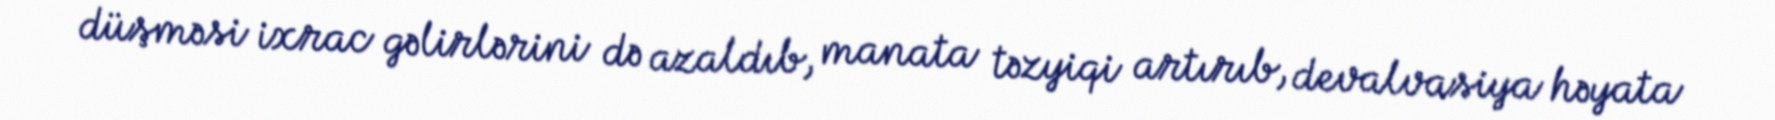
düşməsi ixrac gəlirlərini də azaldıb, manata təzyiqi artırıb, devalvasiya həyata